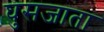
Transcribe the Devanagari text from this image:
घुसजाता